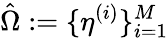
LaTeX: \hat{\Omega}:=\{ \eta^{(i)}\} _{i=1}^{M}